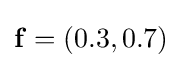
\mathbf {f} =(0.3,0.7)